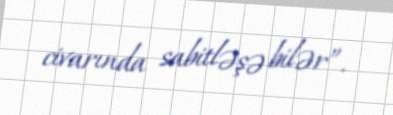
civarında sabitləşə bilər”.